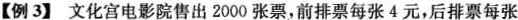
【例3】文化宫电影院售出2000张票，前排票每张4元，后排票每张